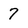
Character: 7